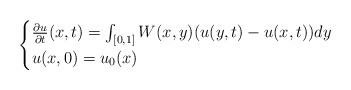
\begin{align*}\begin{cases}\frac{ \partial u}{\partial t}(x,t) = \int_{[0,1]} W(x,y) (u(y,t) - u(x,t)) dy\\u(x,0) = u_0(x)\end{cases}\end{align*}